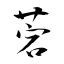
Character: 菪